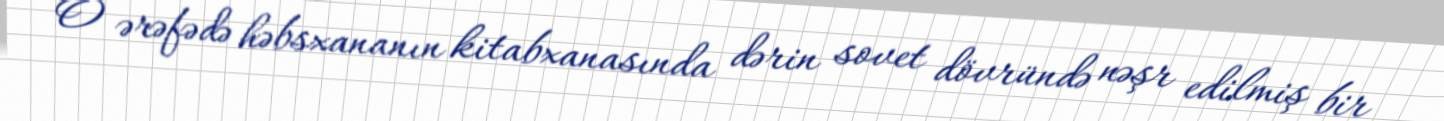
O ərəfədə həbsxananın kitabxanasında dərin sovet dövründə nəşr edilmiş bir